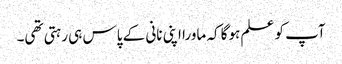
آپ کو علم ہوگا کہ ماورا اپنی نانی کے پاس ہی رہتی تھی۔